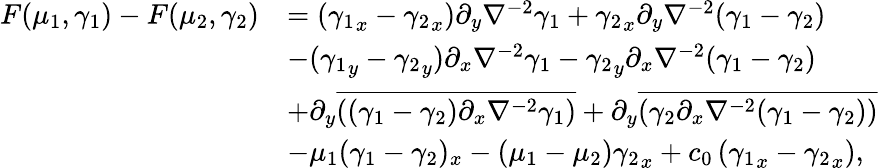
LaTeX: \begin{array}{rl}{F(\mu_{1},\gamma_{1})-F({\mu_{2},\gamma_{2}})}&{=({\gamma_{1}}_{x}-{\gamma_{2}}_{x})\partial_{y}\nabla^{-2}\gamma_{1}+{\gamma_{2}}_{x}\partial_{y}\nabla^{-2}(\gamma_{1}-{\gamma_{2}})}\\ &{-({\gamma_{1}}_{y}-{\gamma_{2}}_{y})\partial_{x}\nabla^{-2}\gamma_{1}-{\gamma_{2}}_{y}\partial_{x}\nabla^{-2}(\gamma_{1}-{\gamma_{2}})}\\ &{+\partial_{y}\overline{{((\gamma_{1}-{\gamma_{2}})\partial_{x}\nabla^{-2}\gamma_{1})}}+\partial_{y}\overline{{({\gamma_{2}}\partial_{x}\nabla^{-2}(\gamma_{1}-{\gamma_{2}}))}}}\\ &{-\mu_{1}(\gamma_{1}-\gamma_{2})_{x}-(\mu_{1}-\mu_{2}){\gamma_{2}}_{x}+c_{0}\left({\gamma_{1}}_{x}-{\gamma_{2}}_{x}\right),}\end{array}